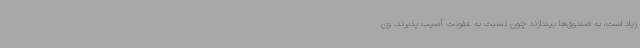
زیاد است، به صندوق‌ها بیندازند چون نسبت به عفونت آسیب پذیرند. وی